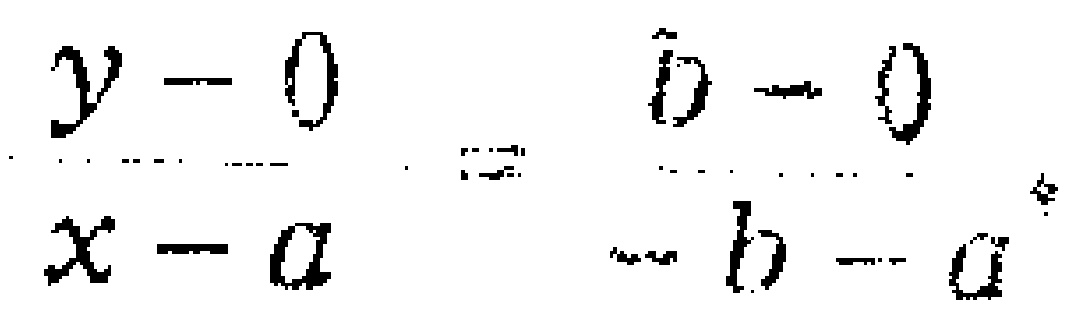
\(\frac{y - 0}{x - a}=\frac{b - 0}{b - a}\)